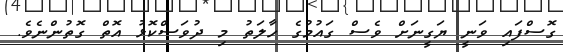
ގޮސްފައި ވަނީ ޔަގީނަށް ވެސް ގައުމުގެ ހާލަތު މި ދުވަސްކޮޅު އޮތް ގޮތުންނެވެ.